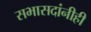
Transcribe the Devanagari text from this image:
सभासदांनीही